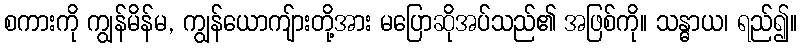
စကားကို ကျွန်မိန်မ, ကျွန်ယောကျ်ားတို့အား မပြောဆိုအပ်သည်၏ အဖြစ်ကို။ သန္ဓာယ၊ ရည်၍။